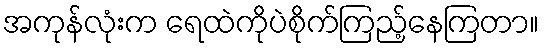
အကုန်လုံးက ရေထဲကိုပဲစိုက်ကြည့်နေကြတာ။